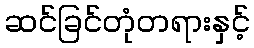
ဆင်ခြင်တုံတရားနှင့်